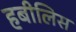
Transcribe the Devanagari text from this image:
हबीलिस